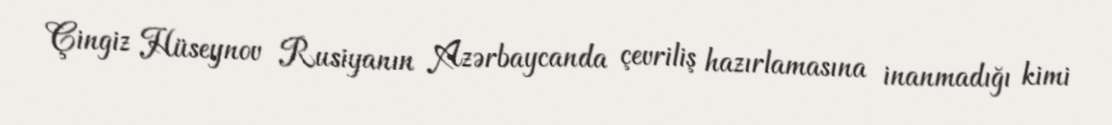
Çingiz Hüseynov Rusiyanın Azərbaycanda çevriliş hazırlamasına inanmadığı kimi